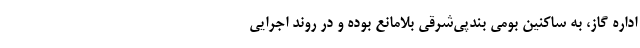
اداره گاز، به ساکنین بومی بندپی‌شرقی بلامانع بوده و در روند اجرایی